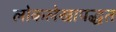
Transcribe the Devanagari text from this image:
लोकलेखापद्धत